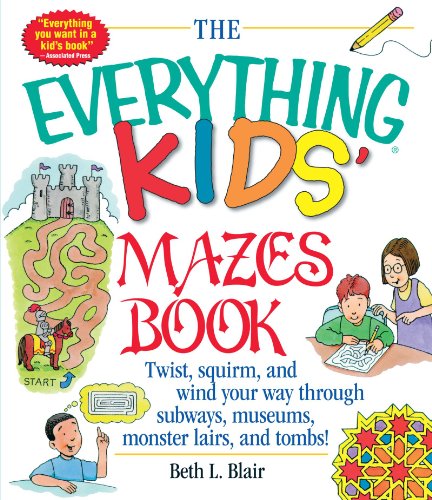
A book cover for The Everything Kids' Mazes Book: Twist, Squirm, and Wind Your Way Through Subways, Museums, Monster Lairs, and Tombs; Beth L. Blair; Children's Books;